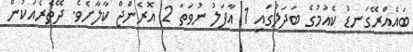
ބައެއްރޭގަނޑު ކެއުމުގެ ބަދަލުގައި 1 އާފަލު ނުވަތަ 2 އޮރެންޖް ކާލާށެވެ. ދޭތެރެއަކުން